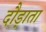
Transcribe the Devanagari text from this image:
दौड़ाता